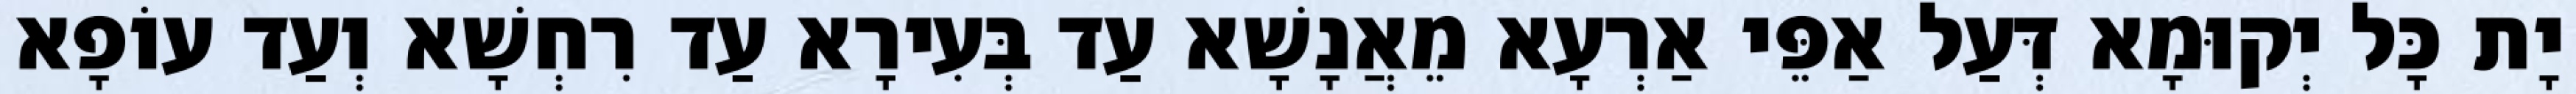
יָת כָּל יְקוּמָא דְּעַל אַפֵּי אַרְעָא מֵאֲנָשָׁא עַד בְּעִירָא עַד רִחְשָׁא וְעַד עוֹפָא